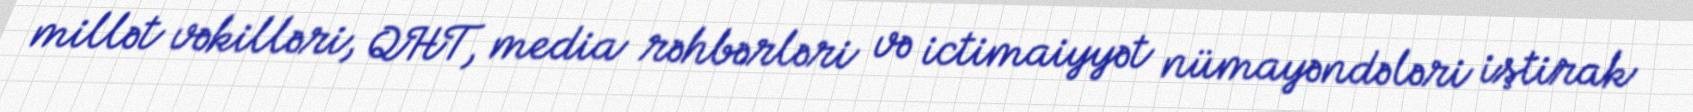
millət vəkilləri, QHT, media rəhbərləri və ictimaiyyət nümayəndələri iştirak